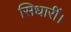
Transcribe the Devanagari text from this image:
सिधारीं।